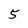
Character: 5